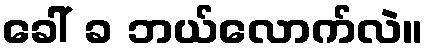
ခေါ် ခ ဘယ်လောက်လဲ။